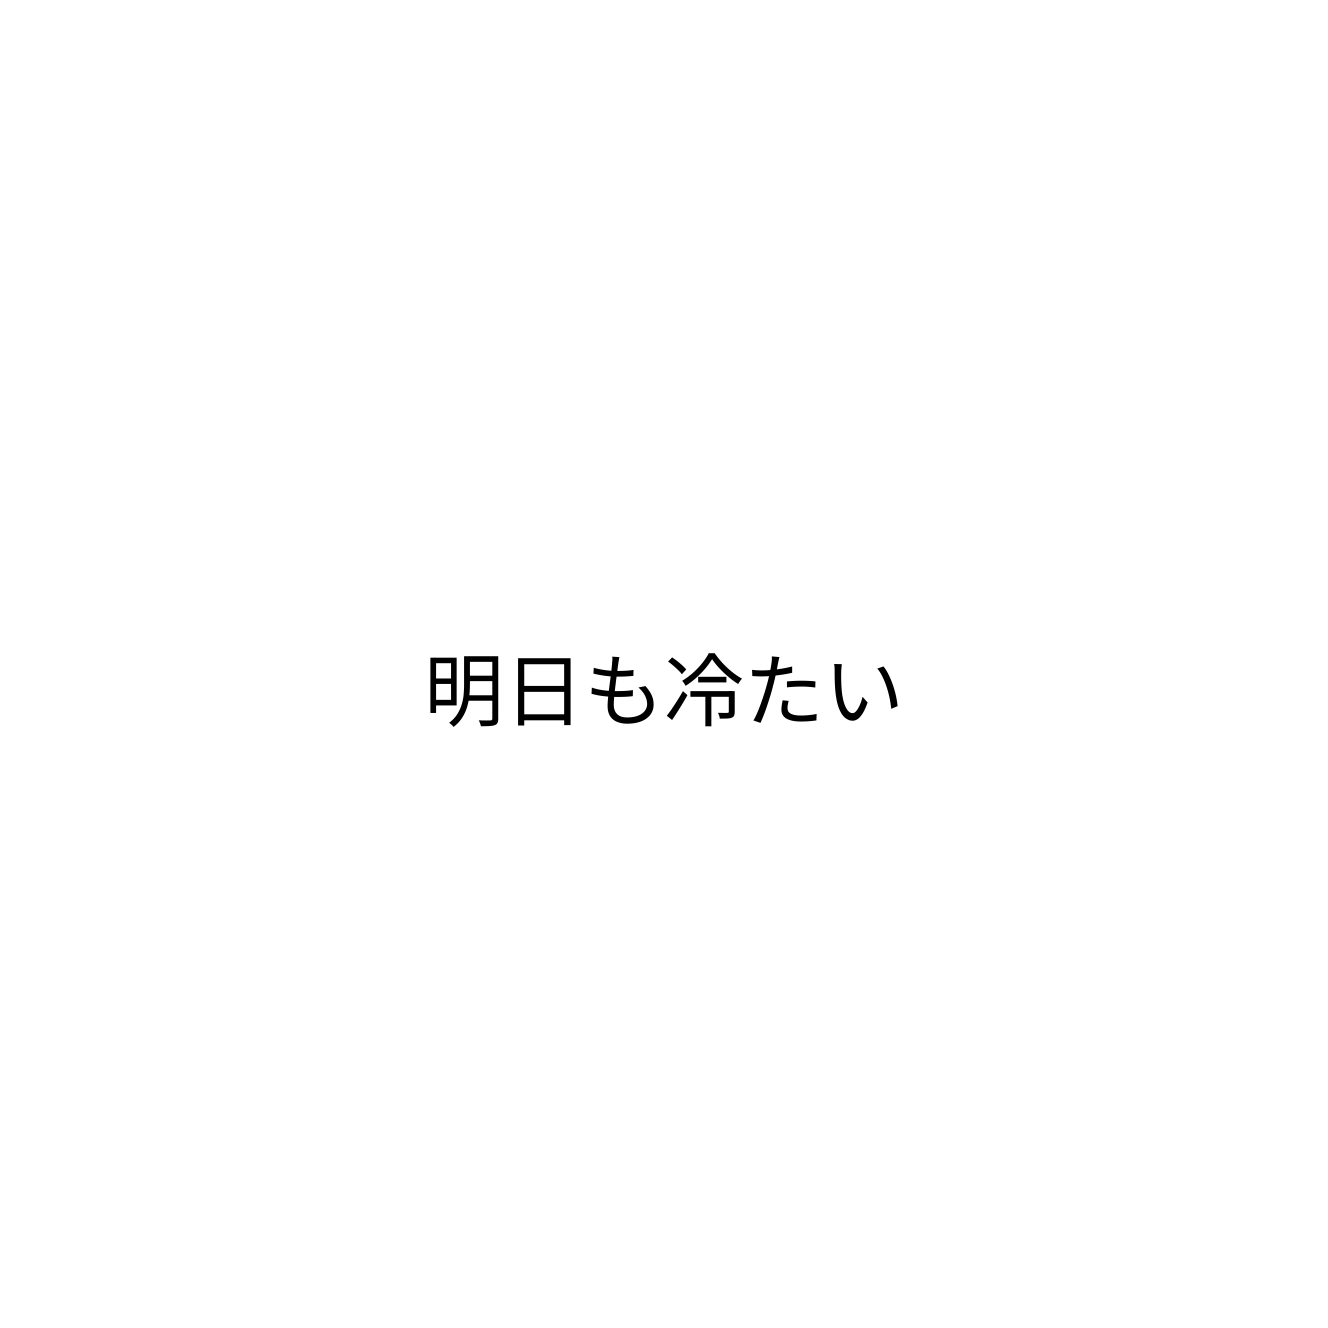
明日も冷たい